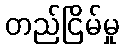
တည်ငြိမ်မှု